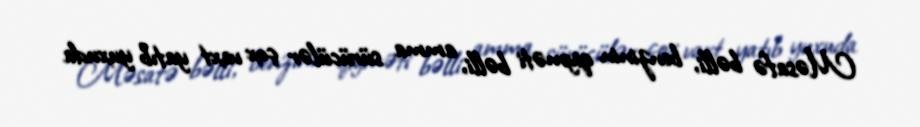
Məsafə bəlli, benzinin qiyməti bəlli, amma sürücülər çox vaxt yatıb yuxuda